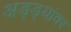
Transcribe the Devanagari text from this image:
अड्ड्यांवर